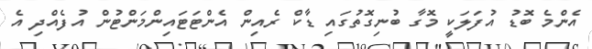
އެންމެ ބޮޑު އުފަލަކީ މޮގާ ބުނިގޮތުގައި ޑާކް ރެއިން އެންޓަޓައިންމަންޓުން އުފެއްދި އެ